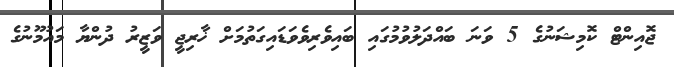
ޖޮއިންޓް ކޮމިޝަނުގެ 5 ވަނަ ބައްދަލުވުމުގައި ބައިވެރިވެވަޑައިގަތުމަށް ޚާރިޖީ ވަޒީރު ދުންޔާ މައުމޫނުގެ